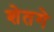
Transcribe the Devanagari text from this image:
शेतगे